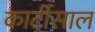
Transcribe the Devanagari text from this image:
कार्टीसाल